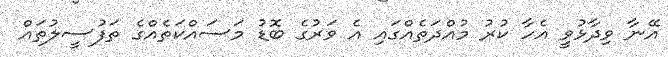
އޭނާ ވިދާޅުވީ އެހާ ކުރު މުއްދަތެއްގައި އެ ވަރުގެ ބޮޑު މަސައްކަތެއްގެ ތަފުސީލުތައް